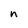
Character: n